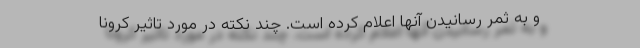
و به ثمر رسانیدن آنها اعلام کرده است. چند نکته در مورد تاثیر کرونا